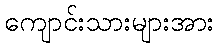
ကျောင်းသားများအား